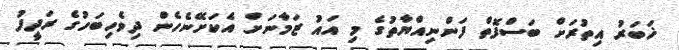
ޚަބަރު އިތުރަށް ބަސްފޮތް ފަންނިއްޔާތުގެ މި އައު ޒަމާނަށް އެކަށޭނެހެން ދިވެހިބަހުގެ ރަދީފު